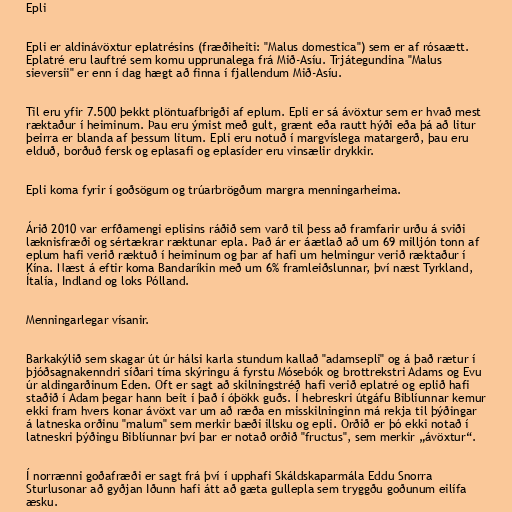
Epli

Epli er aldinávöxtur eplatrésins (fræðiheiti: "Malus domestica") sem er af rósaætt.
Eplatré eru lauftré sem komu upprunalega frá Mið-Asíu. Trjátegundina "Malus
sieversii" er enn í dag hægt að finna í fjallendum Mið-Asíu.

Til eru yfir 7.500 þekkt plöntuafbrigði af eplum. Epli er sá ávöxtur sem er hvað mest
ræktaður í heiminum. Þau eru ýmist með gult, grænt eða rautt hýði eða þá að litur
þeirra er blanda af þessum litum. Epli eru notuð í margvíslega matargerð, þau eru
elduð, borðuð fersk og eplasafi og eplasíder eru vinsælir drykkir.

Epli koma fyrir í goðsögum og trúarbrögðum margra menningarheima.

Árið 2010 var erfðamengi eplisins ráðið sem varð til þess að framfarir urðu á sviði
læknisfræði og sértækrar ræktunar epla. Það ár er áætlað að um 69 milljón tonn af
eplum hafi verið ræktuð í heiminum og þar af hafi um helmingur verið ræktaður í
Kína. Næst á eftir koma Bandaríkin með um 6% framleiðslunnar, því næst Tyrkland,
Ítalía, Indland og loks Pólland.

Menningarlegar vísanir.

Barkakýlið sem skagar út úr hálsi karla stundum kallað "adamsepli" og á það rætur í
þjóðsagnakenndri síðari tíma skýringu á fyrstu Mósebók og brottrekstri Adams og Evu
úr aldingarðinum Eden. Oft er sagt að skilningstréð hafi verið eplatré og eplið hafi
staðið í Adam þegar hann beit í það í óþökk guðs. Í hebreskri útgáfu Biblíunnar kemur
ekki fram hvers konar ávöxt var um að ræða en misskilninginn má rekja til þýðingar
á latneska orðinu "malum" sem merkir bæði illsku og epli. Orðið er þó ekki notað í
latneskri þýðingu Biblíunnar því þar er notað orðið "fructus", sem merkir „ávöxtur“.

Í norrænni goðafræði er sagt frá því í upphafi Skáldskaparmála Eddu Snorra
Sturlusonar að gyðjan Iðunn hafi átt að gæta gullepla sem tryggðu goðunum eilífa
æsku.